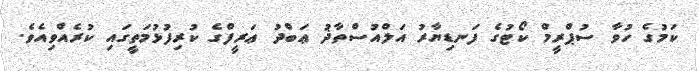
ކަމުގެ ހުވާ ސުޕްރީމް ކޯޓުގެ ފަނޑިޔާރު އަލްއުސްތާޛު ޢަބްދު ޢަރީފްގެ ކުރިފުޅުމަތީގައި ކުރެއްވިއެވެ.